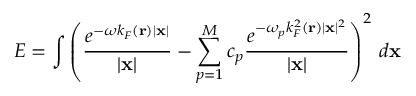
E = \int \left( \frac { e ^ { - \omega k _ { F } ( \mathbf { r } ) | \mathbf { x } | } } { | \mathbf { x } | } - \displaystyle \sum _ { p = 1 } ^ { M } c _ { p } \frac { e ^ { - \omega _ { p } k _ { F } ^ { 2 } ( \mathbf { r } ) | \mathbf { x } | ^ { 2 } } } { | \mathbf { x } | } \right) ^ { 2 } \, d \mathbf { x }